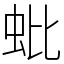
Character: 蚍